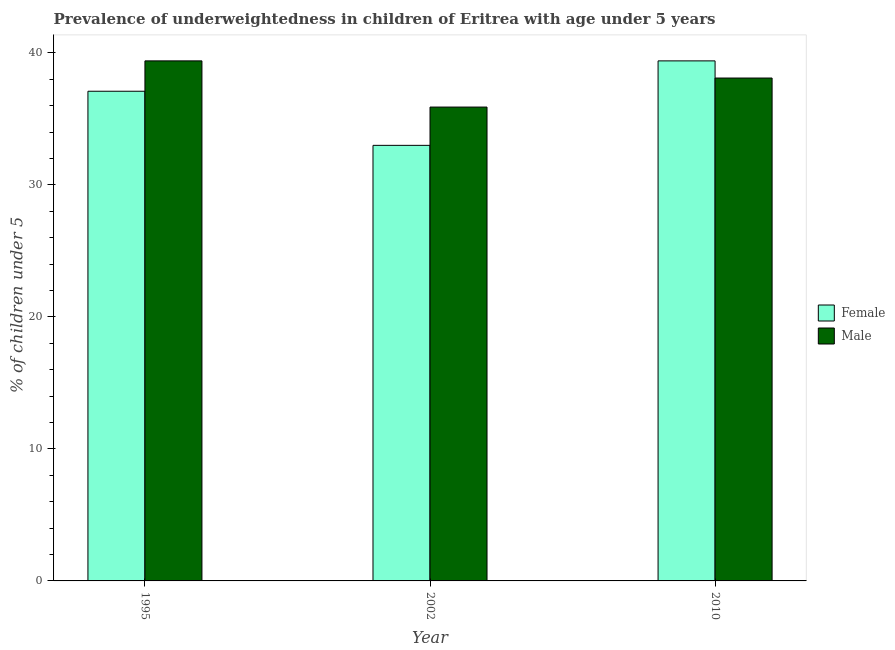
| Year | Female | Male |
 | --- | --- | --- |
 | 1995 | 37.1 | 39.4 |
 | 2002 | 33 | 35.9 |
 | 2010 | 39.4 | 38.1 |